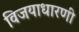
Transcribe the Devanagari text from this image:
विजयाधारणी